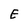
Character: E